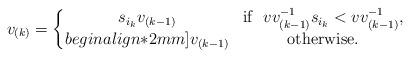
LaTeX: \begin{align*} v_{(k)} = \left\{ \begin{matrix}s_{i_k}v_{(k-1)}&\mbox{if\ \ } vv_{(k-1)}^{-1}s_{i_k} < vv_{(k-1)}^{-1},\\begin{align*}2mm]v_{(k-1)}&\mbox{otherwise.} \end{matrix}\right. \end{align*}